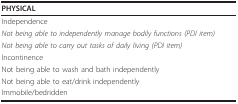
| PHYSICAL |
 | --- |
 | Independence |
 | Not being able to independently manage bodily functions (PDI item) |
 | Not being able to carry out tasks of daily living (PDI item) |
 | Incontinence |
 | Not being able to wash and bath independently |
 | Not being able to eat/drink independently |
 | Immobile/bedridden |